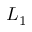
L _ { 1 }